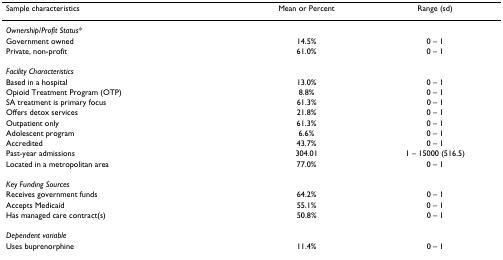
<table><thead><tr><td><b>Sample characteristics</b></td><td><b>Mean or Percent</b></td><td><b>Range (sd)</b></td></tr></thead><tbody><tr><td><i>Ownership/Profit Status*</i></td><td></td><td></td></tr><tr><td>Government owned</td><td>14.5%</td><td>0 – 1</td></tr><tr><td>Private, non-profit</td><td>61.0%</td><td>0 – 1</td></tr><tr><td><i>Facility Characteristics</i></td><td></td><td></td></tr><tr><td>Based in a hospital</td><td>13.0%</td><td>0 – 1</td></tr><tr><td>Opioid Treatment Program (OTP)</td><td>8.8%</td><td>0 – 1</td></tr><tr><td>SA treatment is primary focus</td><td>61.3%</td><td>0 – 1</td></tr><tr><td>Offers detox services</td><td>21.8%</td><td>0 – 1</td></tr><tr><td>Outpatient only</td><td>61.3%</td><td>0 – 1</td></tr><tr><td>Adolescent program</td><td>6.6%</td><td>0 – 1</td></tr><tr><td>Accredited</td><td>43.7%</td><td>0 – 1</td></tr><tr><td>Past-year admissions</td><td>304.01</td><td>1 – 15000 (516.5)</td></tr><tr><td>Located in a metropolitan area</td><td>77.0%</td><td>0 – 1</td></tr><tr><td><i>Key Funding Sources</i></td><td></td><td></td></tr><tr><td>Receives government funds</td><td>64.2%</td><td>0 – 1</td></tr><tr><td>Accepts Medicaid</td><td>55.1%</td><td>0 – 1</td></tr><tr><td>Has managed care contract(s)</td><td>50.8%</td><td>0 – 1</td></tr><tr><td><i>Dependent variable</i></td><td></td><td></td></tr><tr><td>Uses buprenorphine</td><td>11.4%</td><td>0 – 1</td></tr></tbody></table>